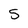
Character: 5